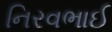
નિરવભાઈ